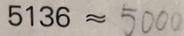
5 1 3 6 \approx 5 0 0 0